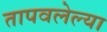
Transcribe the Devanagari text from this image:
तापवलेल्या